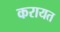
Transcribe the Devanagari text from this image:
करायत